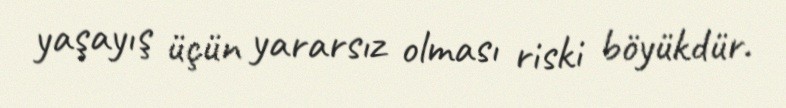
yaşayış üçün yararsız olması riski böyükdür.